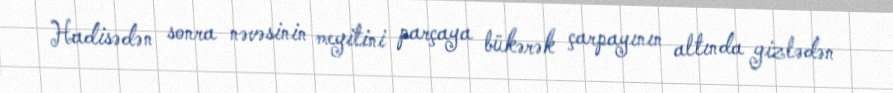
Hadisədən sonra nəvəsinin meyitini parçaya bükərək çarpayının altında gizlədən